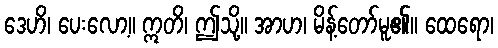
ဒေဟိ၊ ပေးလော့။ ဣတိ၊ ဤသို့။ အာဟ၊ မိန့်တော်မူ၏။ ထေရော၊